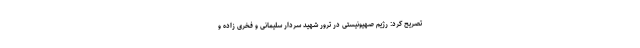
تصریح کرد: رژیم صهیونیستی در ترور شهید سردار سلیمانی و فخری زاده و